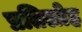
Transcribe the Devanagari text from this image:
प्रतिलोह